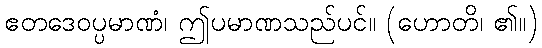
ဧတဒေဝပ္ပမာဏံ၊ ဤပမာဏသည်ပင်။ (ဟောတိ၊ ၏။)